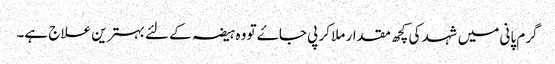
گرم پانی میں شہد کی کچھ مقدار ملا کر پی جاۓ تو وہ ہیضہ کے لئے بہترین علاج ہے۔